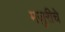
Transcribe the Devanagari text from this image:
मजुरीचे